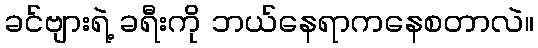
ခင်ဗျားရဲ့ ခရီးကို ဘယ်နေရာကနေစတာလဲ။